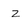
Character: Z